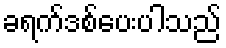
ခရက်ဒစ်ပေးပါသည်